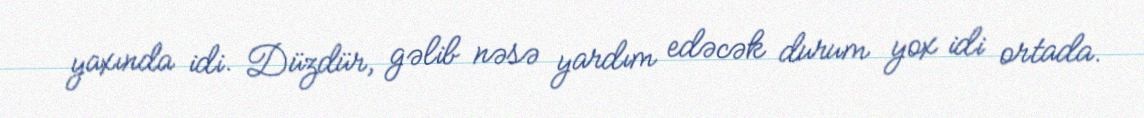
yaxında idi. Düzdür, gəlib nəsə yardım edəcək durum yox idi ortada.